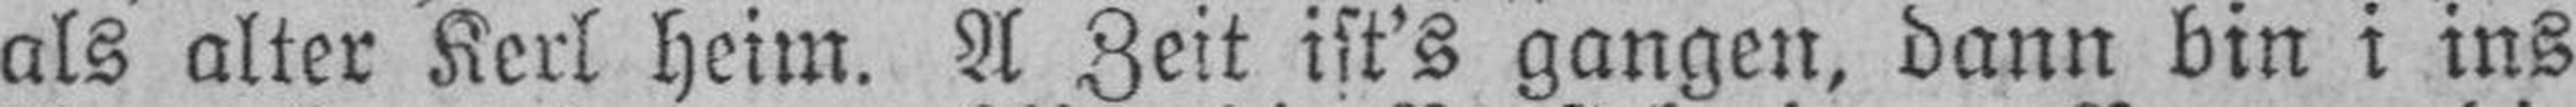
als alter Kerl heim. A Zeit ist’s gangen, dann bin i ins